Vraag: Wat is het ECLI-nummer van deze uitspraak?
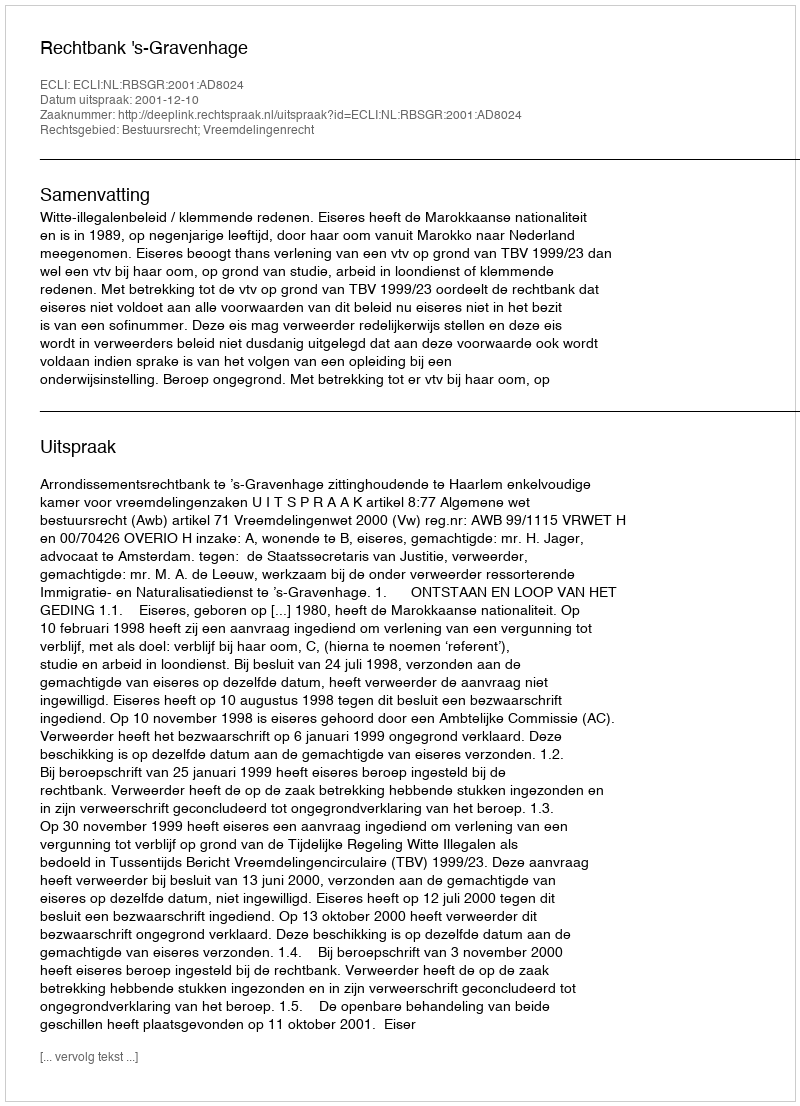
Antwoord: ECLI:NL:RBSGR:2001:AD8024